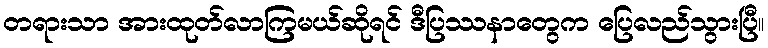
တရားသာ အားထုတ်လာကြမယ်ဆိုရင် ဒီပြဿနာတွေက ပြေလည်သွားပြီ။